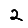
Digit: 2